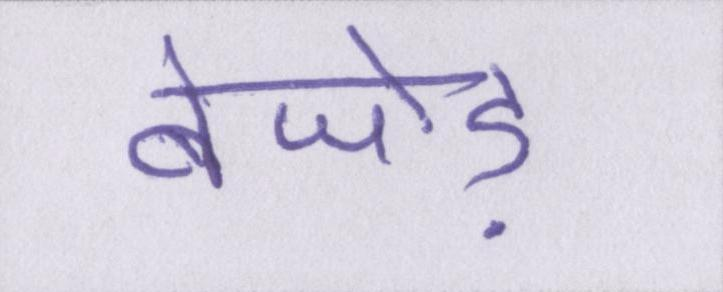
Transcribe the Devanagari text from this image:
बेजोड़